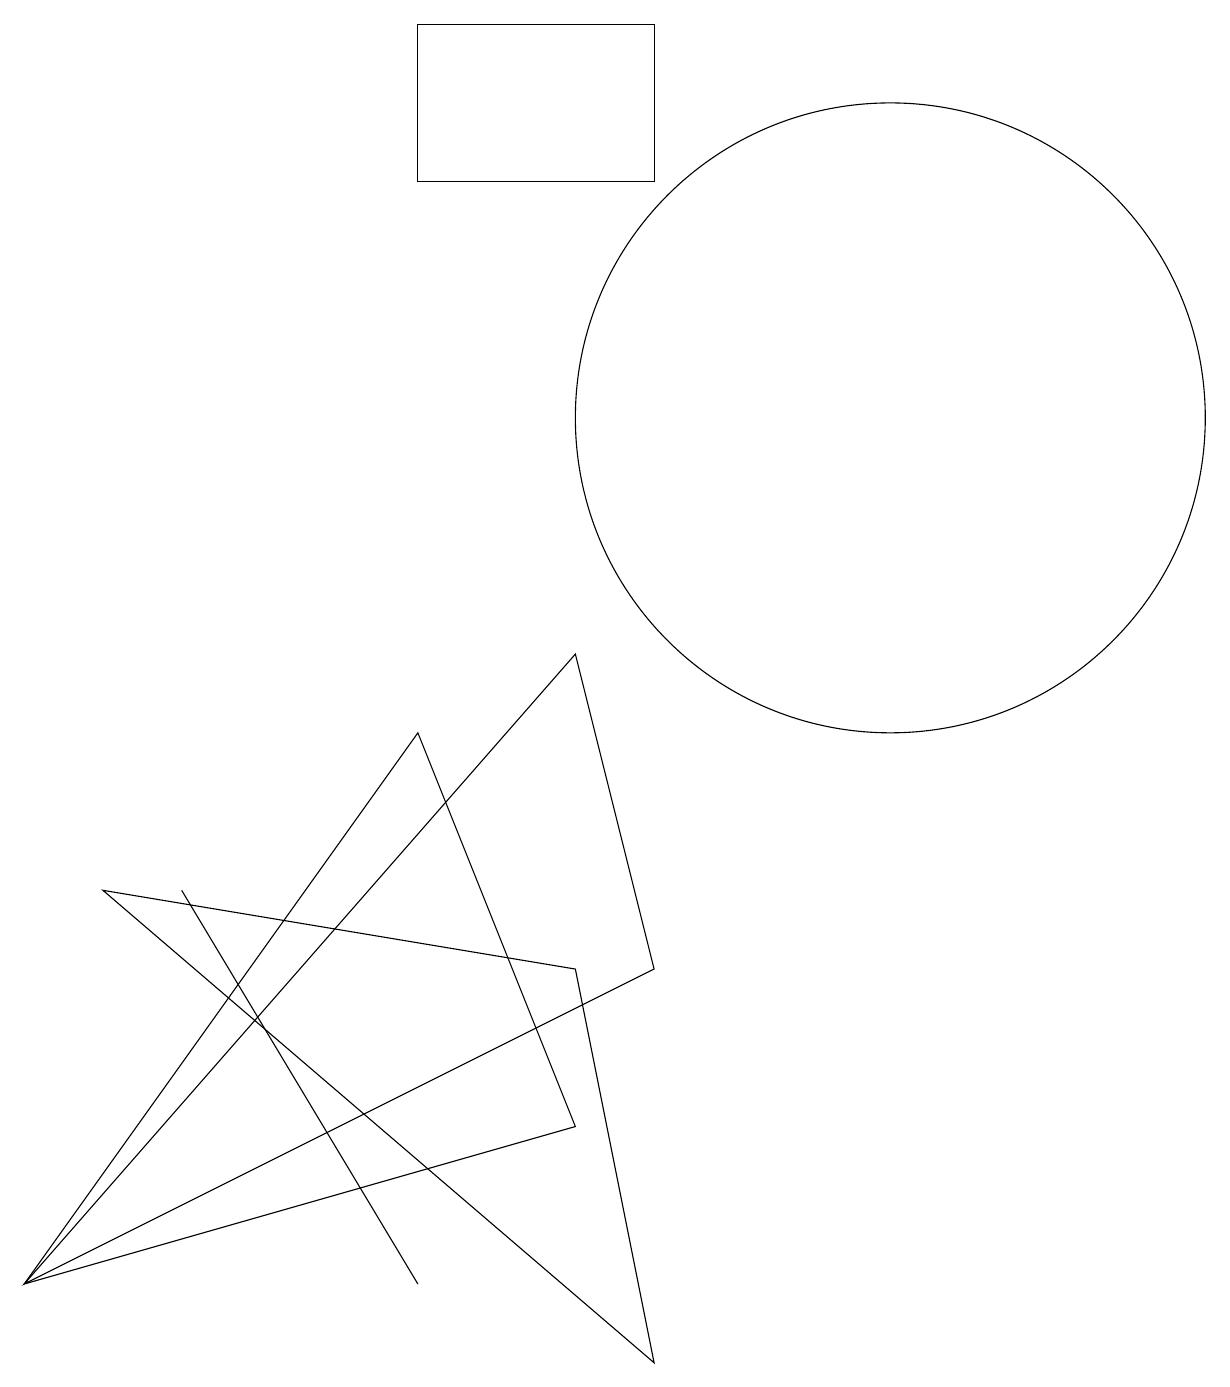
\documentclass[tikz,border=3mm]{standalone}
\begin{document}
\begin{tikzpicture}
\draw (8,3) -- (1,1) -- (6,8) -- cycle;
\draw (8,9) -- (9,5) -- (1,1) -- cycle;
\draw (2,6) -- (9,0) -- (8,5) -- cycle;
\draw (6,1) -- (3,6) -- (6,1) -- cycle;
\draw (12,12) circle (4);
\draw (9,15) rectangle (6,17);
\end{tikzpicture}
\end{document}